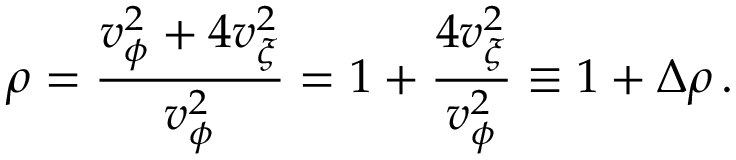
\rho = \frac { v _ { \phi } ^ { 2 } + 4 v _ { \xi } ^ { 2 } } { v _ { \phi } ^ { 2 } } = 1 + \frac { 4 v _ { \xi } ^ { 2 } } { v _ { \phi } ^ { 2 } } \equiv 1 + \Delta \rho \, .